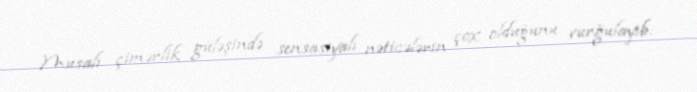
Musalı çimərlik güləşində sensasiyalı nəticələrin çox olduğunu vurğulayıb: